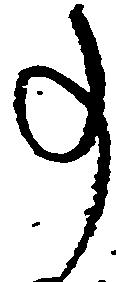
事